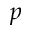
p